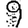
Digit: 9